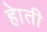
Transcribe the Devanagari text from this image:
हाेती